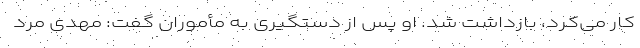
کار می‌کرد، بازداشت شد. او پس از دستگیری به مأموران گفت: مهدی مرد